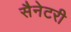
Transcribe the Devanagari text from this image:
सैनेटरी